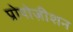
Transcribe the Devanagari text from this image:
प्रोपोज़ीशन